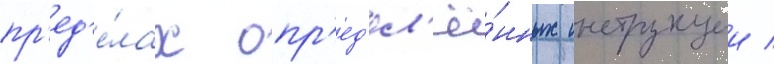
пр'ед'е́лах опр'ед'ел'ё́нных инструкции /